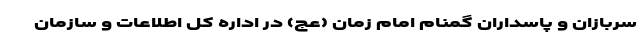
سربازان و پاسداران گمنام امام زمان (عج) در اداره کل اطلاعات و سازمان